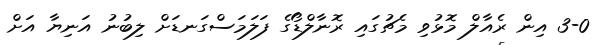
3-0 އިން ރެއާލް މޮޅުވި މެޗުގައި ރޮނާލްޑޯގެ ފަލަމަސްގަނޑަށް ލިބުނު އަނިޔާ އަށް